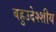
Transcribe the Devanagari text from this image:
बहुउदेश्शीय